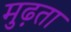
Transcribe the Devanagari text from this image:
मुढ़ता